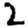
Digit: 2